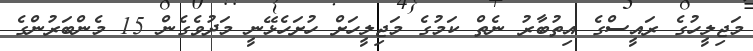
މަޖިލީހުގެ ރައީސްގެ އިތުބާރު ނެތް ކަމުގެ މަޖިލީހަށް ހުށަހެޅޭނީ މަދުވެގެން 15 މެންބަރުންގެ